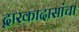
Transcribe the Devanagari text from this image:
द्वारकादासांचा